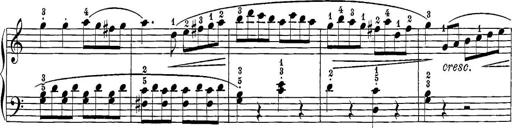
Title: 12 Sonatine per Pianoforte
Composer: Friedrich Kuhlau